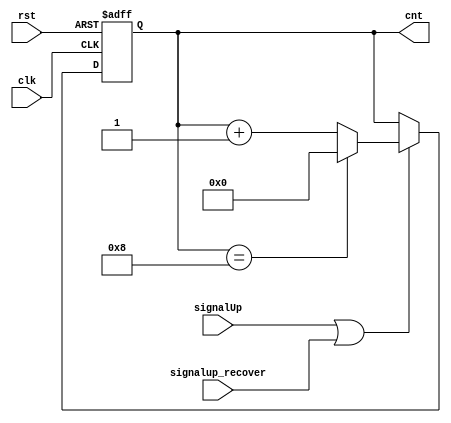
module contadorDirRamOut #(parameter DIM=3)(
	input clk, rst,
	input signalUp,
	input signalup_recover,
	
	output reg [$clog2(DIM*DIM-1) :0] cnt 
);

always@(posedge clk, negedge rst) begin
	if(!rst) begin
		cnt <= 0;
	end
	else begin
		if(signalUp == 1'b1 || signalup_recover==1'b1) begin
			if(cnt==(DIM*DIM-1))
				cnt <= 0;
			else
				cnt <= cnt + 1'b1;
		end
		else
		cnt <= cnt;
	end
end 

endmodule